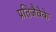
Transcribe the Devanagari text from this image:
प्रतिजैवेके